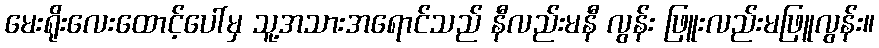
မေးရိုးလေးထောင့်ပေါ်မှ သူ့အသားအရောင်သည် နီလည်းမနီ လွန်း ဖြူးလည်းမဖြူလွန်း။